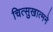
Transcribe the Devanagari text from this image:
चित्सुखात्मने